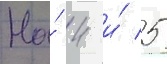
На́ 4 и́ 5